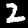
Digit: 2